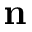
\mathbf { n }